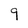
Character: 9